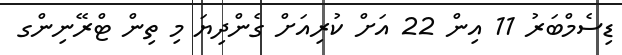
ޑިސެމްބަރު 11 އިން 22 އަށް ކުރިއަށް ގެންދިޔަ މި ތިން ޓްރޭނިންގ